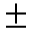
\pm